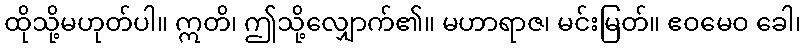
ထိုသို့မဟုတ်ပါ။ ဣတိ၊ ဤသို့လျှောက်၏။ မဟာရာဇ၊ မင်းမြတ်။ ဧဝမေဝ ခေါ၊